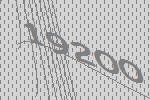
19200